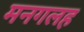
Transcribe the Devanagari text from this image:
मनगलह